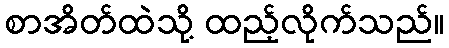
စာအိတ်ထဲသို့ ထည့်လိုက်သည်။